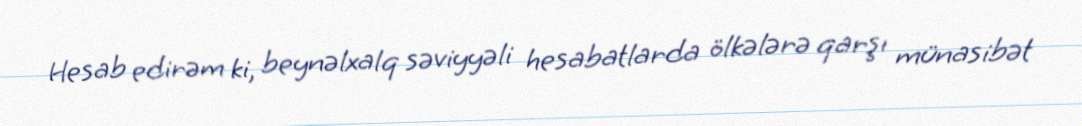
Hesab edirəm ki, beynəlxalq səviyyəli hesabatlarda ölkələrə qarşı münasibət